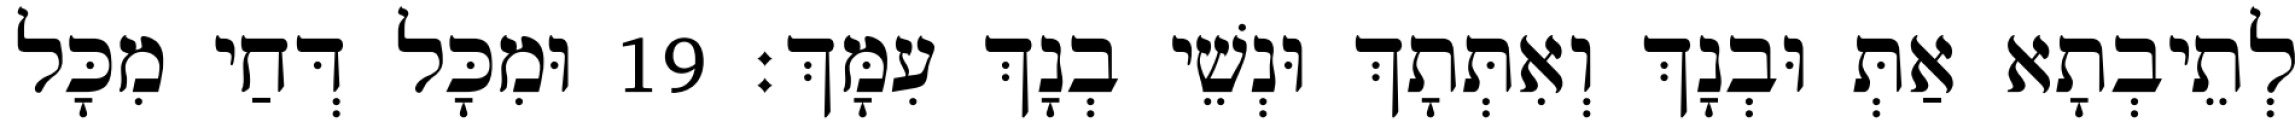
לְתֵיבְתָא אַתְּ וּבְנָךְ וְאִתְּתָךְ וּנְשֵׁי בְנָךְ עִמָּךְ׃ 19 וּמִכָּל דְּחַי מִכָּל